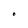
Character: C